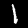
Label: 1